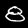
Digit: 8